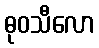
ဓုဝသီလော